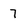
Character: 7